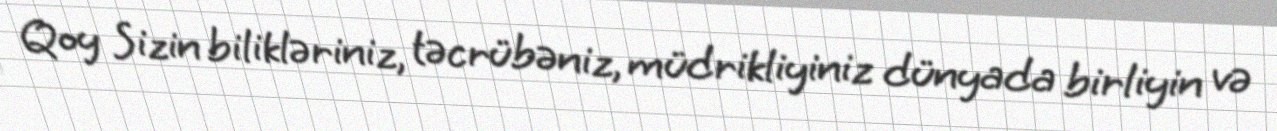
Qoy Sizin bilikləriniz, təcrübəniz, müdrikliyiniz dünyada birliyin və